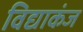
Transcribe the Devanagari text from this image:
विद्याकंज